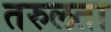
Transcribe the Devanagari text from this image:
तरुलता